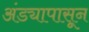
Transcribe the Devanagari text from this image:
अंड्यापासून